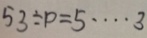
5 3 \div p = 5 \cdots 3